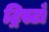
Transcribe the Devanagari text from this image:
ट्रिस्टाँ